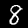
Digit: 8